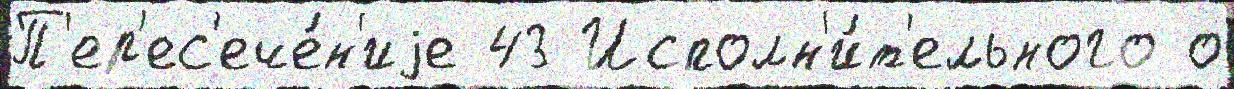
П'ер'ес'ече́н'иjе 43 Исполн'и́т'ельного о